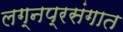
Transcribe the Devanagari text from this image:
लग्नप्रसंगात